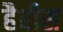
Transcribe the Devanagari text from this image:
हैरीस